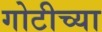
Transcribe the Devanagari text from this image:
गोटीच्या